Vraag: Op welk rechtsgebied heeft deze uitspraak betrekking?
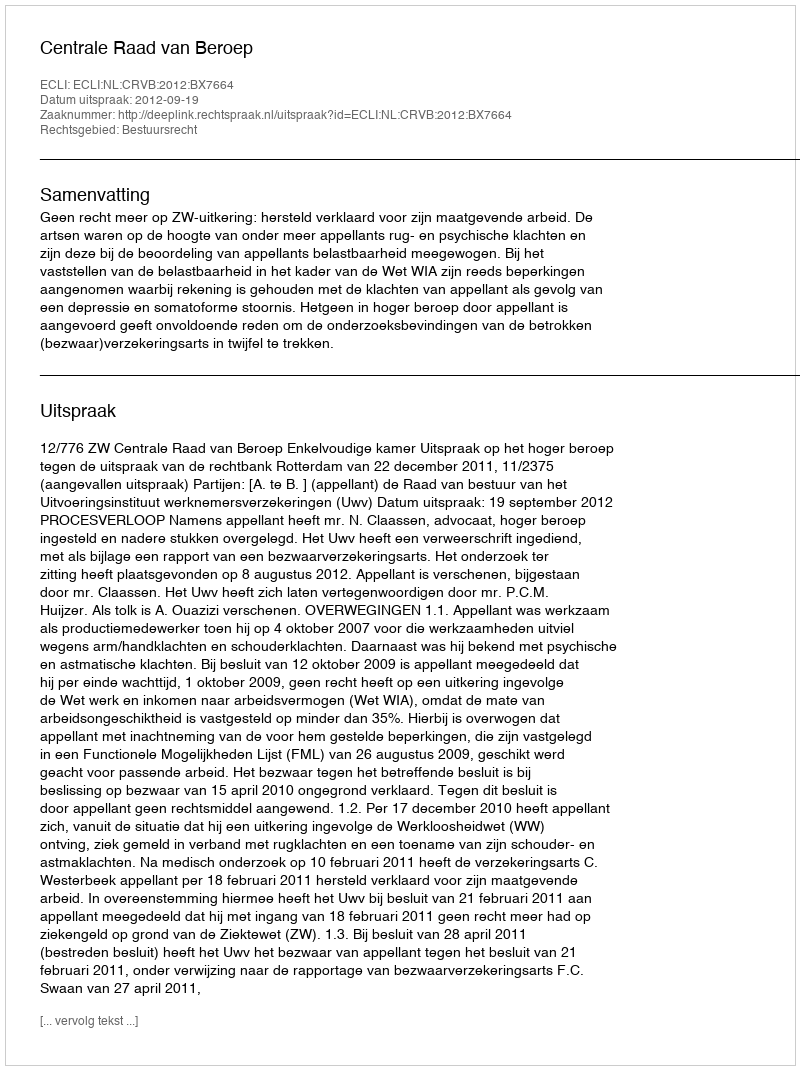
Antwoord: Bestuursrecht